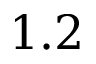
1 . 2